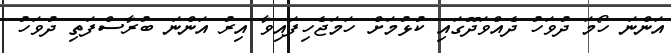
އަންނަ ހޯމަ ދުވަހު ދެއްވަދޫގައި ކުޅުމަށް ހަމަޖެހިފައިވާ އިރު އަންނަ ބުރާސްފަތި ދުވަހު